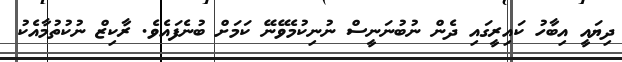
ދިޔައީ އިބާހު ކައިރީގައި ދެން ނުބުނަނީސް ނުނިކުމެވޭނޭ ކަމަށް ބުނެފައެވެ. ރާކިޒް ނުކުތުމާއެކު